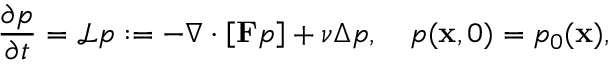
\frac { \partial p } { \partial t } = \mathcal L p : = - \nabla \cdot \left[ \mathbf F p \right] + \nu \Delta p , \quad p ( \mathbf x , 0 ) = p _ { 0 } ( \mathbf x ) ,